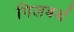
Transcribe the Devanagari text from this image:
गिलबर्थ